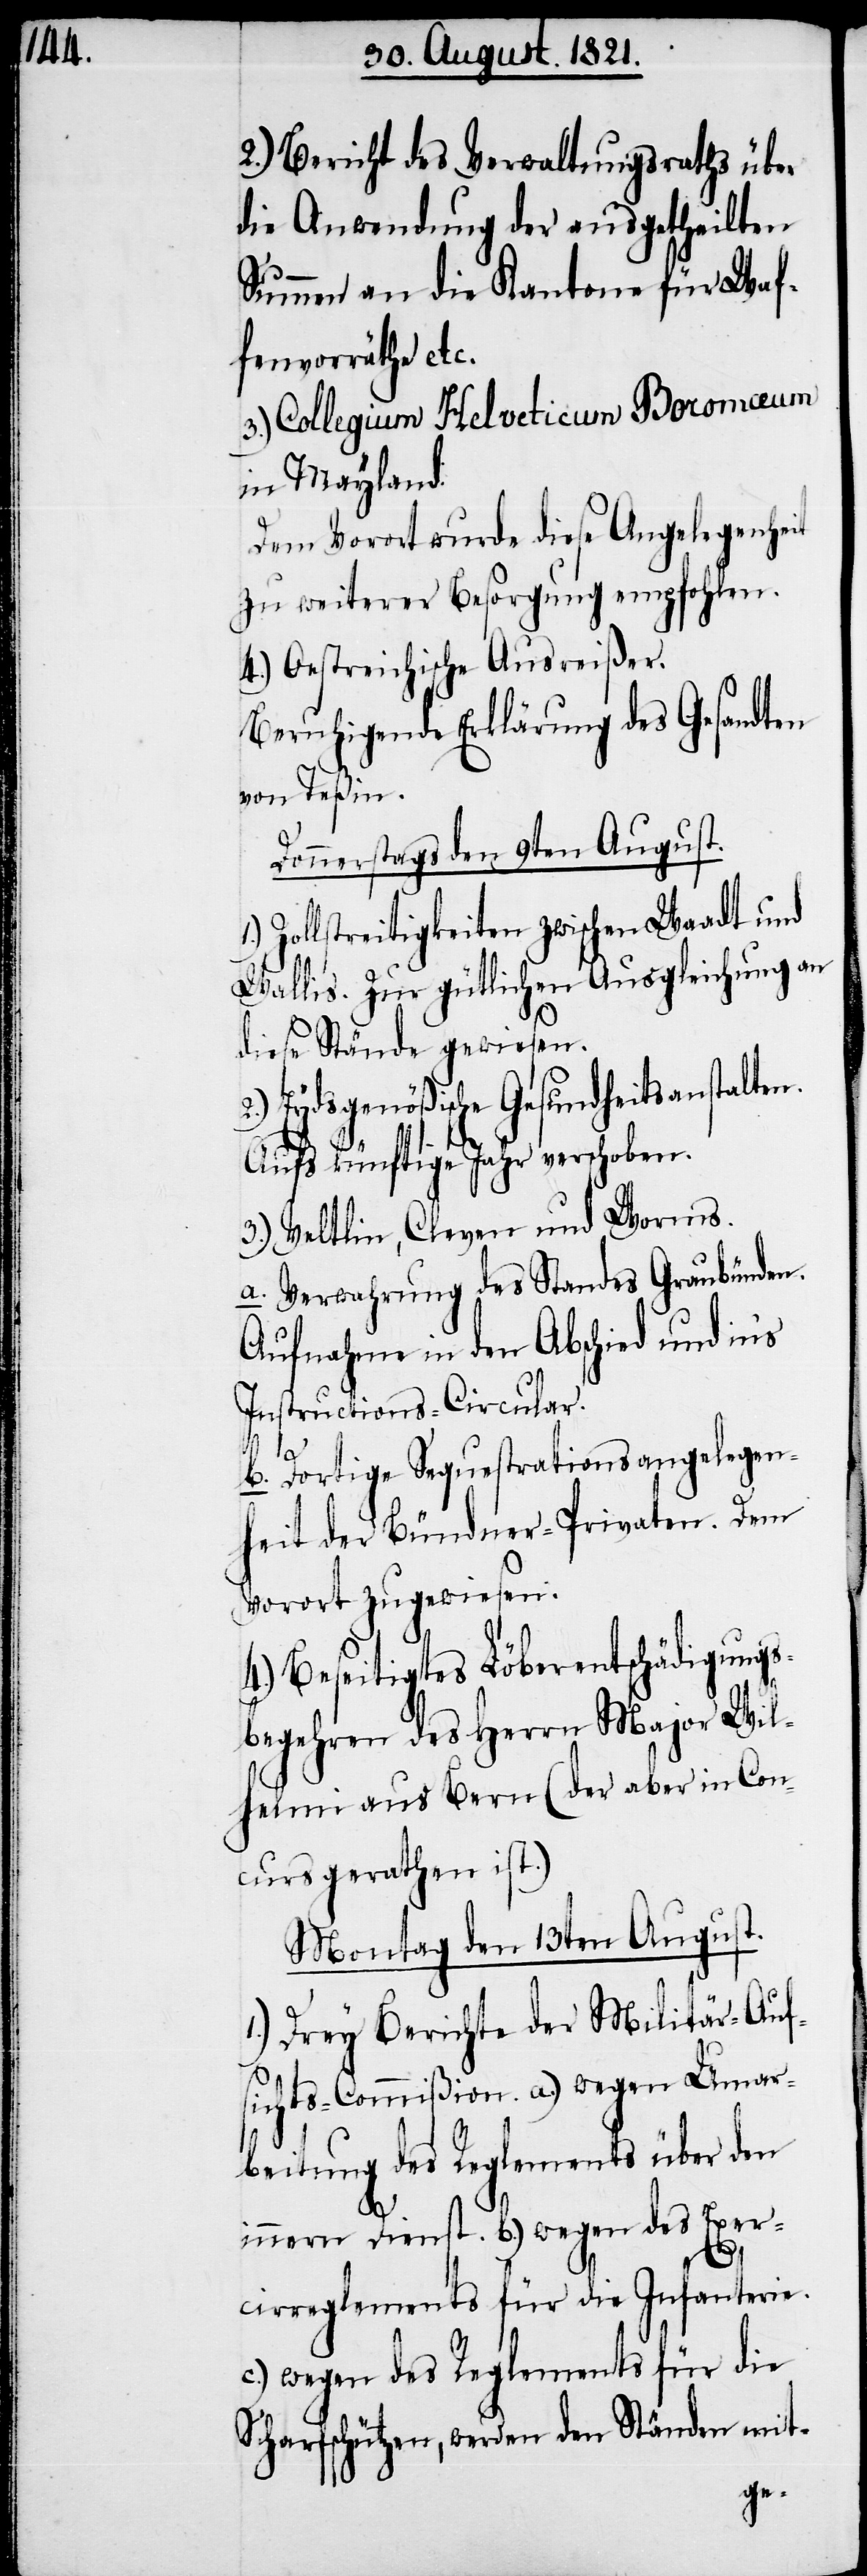
2.) Bericht des Verwaltungsraths über
die Anwendung der ausgetheilten
Summe an die Kantone für Waf¬
fenvorräte etc.
3.) Collegium Helveticum Boromæum
in Mayland.
Dem Vorort wurde diese Angelegenheit
zu weiterer Besorgung empfohlen.
4.) Oestreichische Ausreißer.
Beruhigende Erklärung des Gesandten
von Teßin.
Donnerstags den 9ten August.
Zollstreitigkeiten zwischen Waadt und
Wallis. Zur gütlichen Ausgleichung an
diese Stände gewiesen.
2.) Eydsgenößische Gesundheitsanstalten.
Aufs künftige Jahr verschoben.
3.) Wallis, Cleven und Worms.
a. Verwahrung des Standes Graubünden.
Aufnahme in den Abschied und in’s
Inspections-Circular.
b. Dortige Sequestrationsangelegen¬
heit der Bündner-Privaten. Dem
Vorort zugewiesen.
4.) Beseitigtes Löberentschädigungs¬
begehren des Herrn Major Wil¬
helmi aus Bern (der aber in Con¬
curs gerathen ist.)
Montag den 13ten August.
Drey Berichte der Militär-Auf¬
sichts-Commißion a.) wegen Umar¬
beitung des Reglements über den
innern Dienst. b.) wegen des Exer¬
cirreglements für die Infanterie.
c.) wegen des Reglements für die
Scharfschützen, werden den Ständen mit-